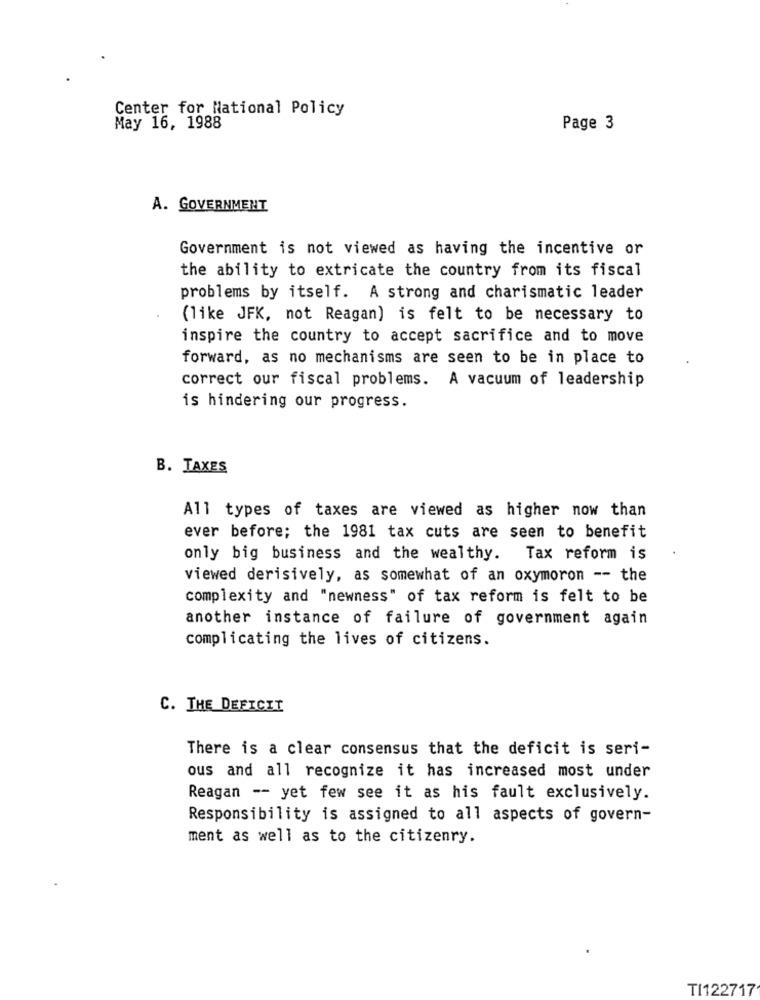
Center for National Policy
May 16, 1988
Page 3
A. GOVERNMENT
Government is not viewed as having the incentive or
the ability to extricate the country from its fiscal
problems by itself. A strong and charismatic leader
(like JFK, not Reagan) is felt to be necessary to
inspire the country to accept sacrifice and to move
forward, as no mechanisms are seen to be in place to
correct our fiscal problems. A vacuum of leadership
is hindering our progress.
B. TAXES
All types of taxes are viewed as higher now than
ever before; the 1981 tax cuts are seen to benefit
only big business and the wealthy. Tax reform is
viewed derisively, as somewhat of an oxymoron -- the
complexity and "newness" of tax reform is felt to be
another instance of failure of government again
complicating the lives of citizens.
C. THE DEFICIT
There is a clear consensus that the deficit is seri-
ous and all recognize it has increased most under
Reagan -- yet few see it as his fault exclusively.
Responsibility is assigned to all aspects of govern-
ment as well as to the citizenry.
TI122717